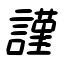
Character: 謹